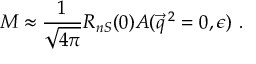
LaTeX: { \cal M } \approx \frac { 1 } { \sqrt { 4 \pi } } R _ { n S } ( 0 ) A ( \vec { q } \, { } ^ { 2 } = 0 , \epsilon ) \ .